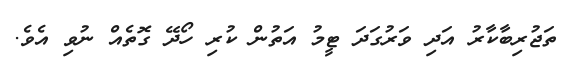
ތަޖުރިބާކާރު އަދި ވަރުގަދަ ޓީމު އަތުން ކުރި ހޯދޭ ގޮތެއް ނުވި އެވެ.